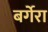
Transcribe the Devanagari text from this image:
बर्गेरा